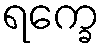
ရက္ခေ